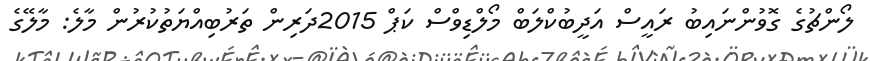
ލޯންޗުގެ ގޮވުންނައިބު ރައީސް އަދީބުކްލަބް މޯލްޑިވްސް ކަޕް 2015ދަރިން ތަރުބިއްޔަތުކުރުން މާލެ: މާލޭގެ